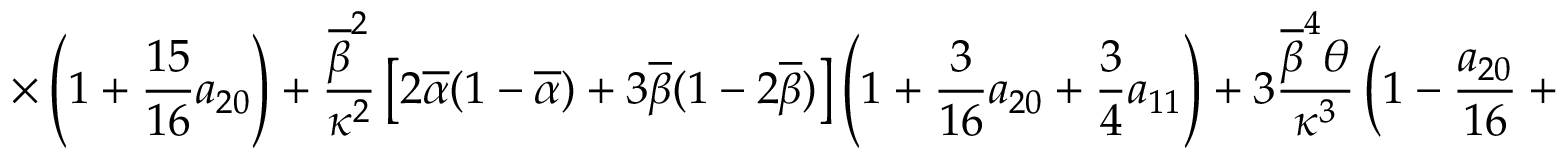
\displaystyle { \times \left( 1 + \frac { 1 5 } { 1 6 } a _ { 2 0 } \right) + \frac { \overline { { \beta } } ^ { 2 } } { \kappa ^ { 2 } } \left[ 2 \overline { { \alpha } } ( 1 - \overline { { \alpha } } ) + 3 \overline { { \beta } } ( 1 - 2 \overline { { \beta } } ) \right] \left( 1 + \frac { 3 } { 1 6 } a _ { 2 0 } + \frac { 3 } { 4 } a _ { 1 1 } \right) + 3 \frac { \overline { { \beta } } ^ { 4 } \theta } { \kappa ^ { 3 } } \left( 1 - \frac { a _ { 2 0 } } { 1 6 } + \frac { a _ { 0 2 } } { 2 } + \frac { a _ { 1 1 } } { 2 } \right) }